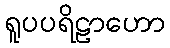
ရူပပရိဠာဟော